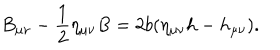
LaTeX: B _ { \mu \nu } - \frac 1 2 \eta _ { \mu \nu } B = 2 b ( \eta _ { \mu \nu } h - h _ { \mu \nu } ) .